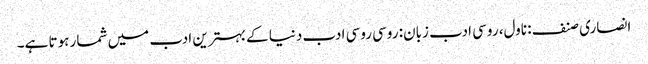
انصاری صنف: ناول، روسی ادب زبان: روسی روسی ادب دنیا کے بہترین ادب میں شمار ہوتا ہے۔